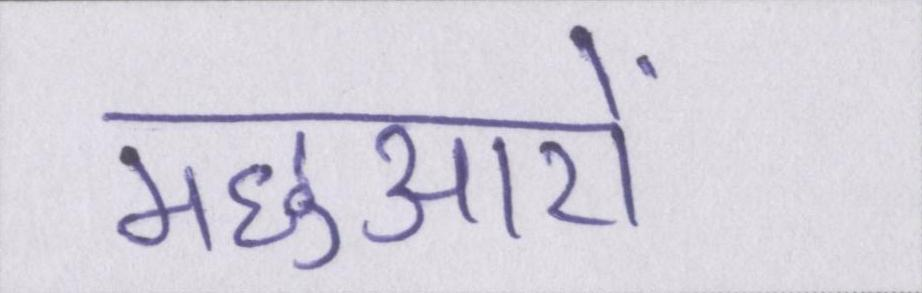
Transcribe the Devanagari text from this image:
मछुआरों